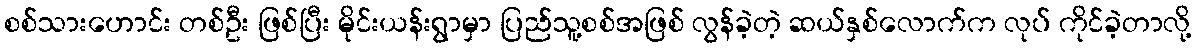
စစ်သားဟောင်း တစ်ဦး ဖြစ်ပြီး မိုင်းယန်းရွာမှာ ပြည်သူ့စစ်အဖြစ် လွန်ခဲ့တဲ့ ဆယ်နှစ်လောက်က လုပ် ကိုင်ခဲ့တာလို့